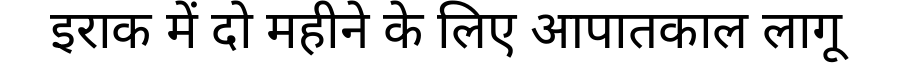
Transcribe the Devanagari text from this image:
इराक में दो महीने के लिए आपातकाल लागू